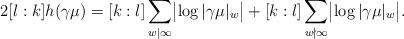
LaTeX: \begin{align*}2 [l : k] h(\gamma \mu) = [k : l] \sum_{w | \infty} \bigl|\log |\gamma \mu|_w\bigr| + [k : l] \sum_{w \nmid \infty} \bigl|\log |\gamma \mu|_w\bigr|.\end{align*}